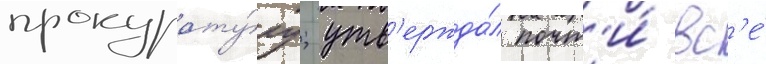
прокурату́ру; утв'ержда́л почт'и́ вс'е́